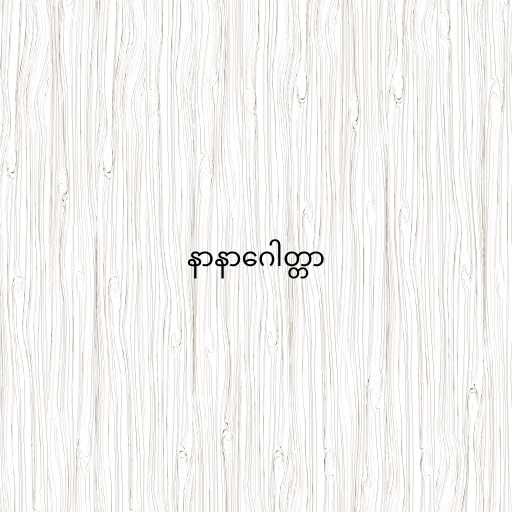
နာနာဂေါတ္တာ